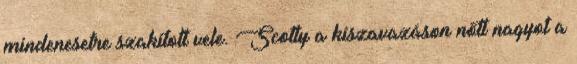
mindenesetre szakított vele. Scotty a kiszavazáson nőtt nagyot a